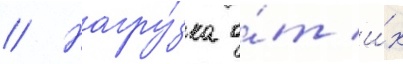
// Нагру́зка о́т и́х